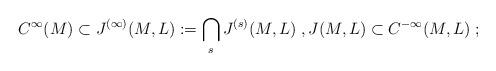
LaTeX: \begin{align*}C^\infty(M)\subset J^{(\infty)}(M,L):=\bigcap_sJ^{(s)}(M,L)\;,J(M,L)\subset C^{-\infty}(M,L)\;;\end{align*}